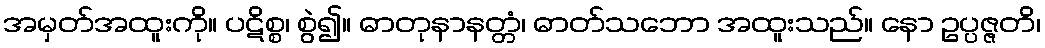
အမှတ်အထူးကို။ ပဋိစ္စ၊ စွဲ၍။ ဓာတုနာနတ္တံ၊ ဓာတ်သဘော အထူးသည်။ နော ဥပ္ပဇ္ဇတိ၊